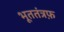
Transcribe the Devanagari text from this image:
भूततंत्रफ़